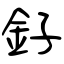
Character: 釨